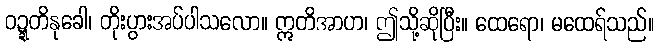
ဝဍ္ဍတိနုခေါ၊ တိုးပွားအပ်ပါသလော။ ဣတိအာဟ၊ ဤသို့ဆိုပြီး။ ထေရော၊ မထေရ်သည်။